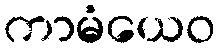
ကာမံယေဝ